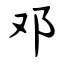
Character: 邓